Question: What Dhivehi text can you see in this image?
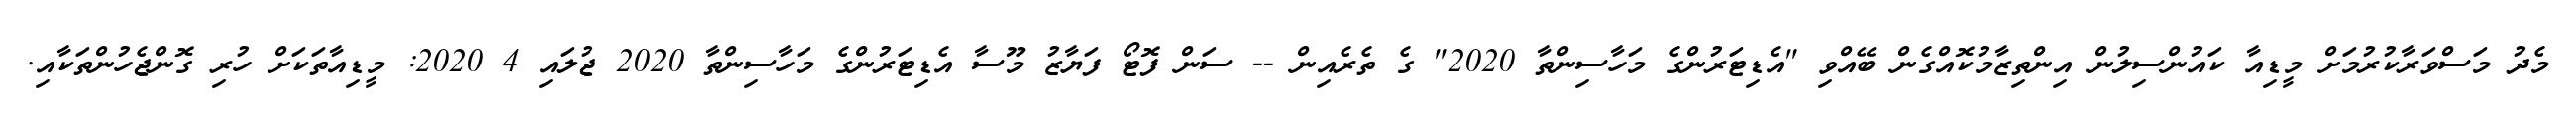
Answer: މެދު މަސްވަރާކުރުމަށް މީޑިއާ ކައުންސިލުން އިންތިޒާމުކޮއްގެން ބޭއްވި "އެޑިޓަރުންގެ މަހާސިންތާ 2020" ގެ ތެރެއިން -- ސަން ފޮޓޯ ފަޔާޒު މޫސާ އެޑިޓަރުންގެ މަހާސިންތާ 2020 ޖުލައި 4 2020: މީޑިއާތަކަށް ހުރި ގޮންޖެހުންތަކާއި.